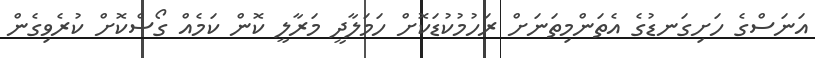
އަނަސްގެ ހަށިގަނޑުގެ އެތަންމިތަނަށް ރަހުމުކުޑަކޮށް ހަމަލާދީ މަރާލީ ކޮން ކަމެއް ގޯސްކޮށް ކުރެވިގެން